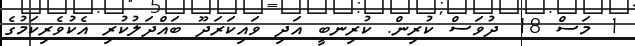
1 މަސް 18 ދުވަސް ކުރިން. ކުރިނބީ އަދި ވައިކަރަދޫ ބައްދަލުކުރި އެކުވެރިކަމުގެ